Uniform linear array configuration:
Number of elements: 12
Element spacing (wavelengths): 0.25
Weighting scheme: binomial
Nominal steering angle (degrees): -15
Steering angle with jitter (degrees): -16.391
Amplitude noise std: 0.05
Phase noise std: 0.05

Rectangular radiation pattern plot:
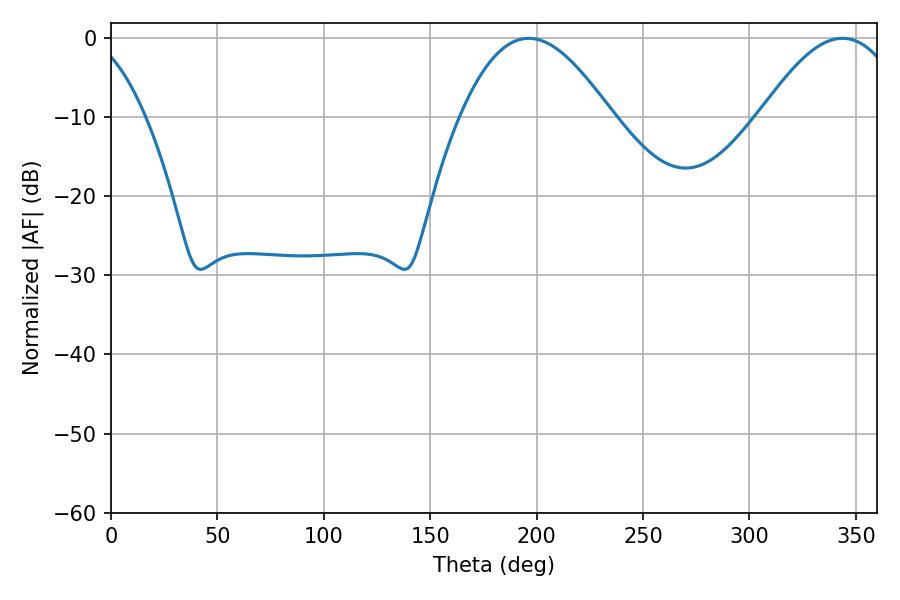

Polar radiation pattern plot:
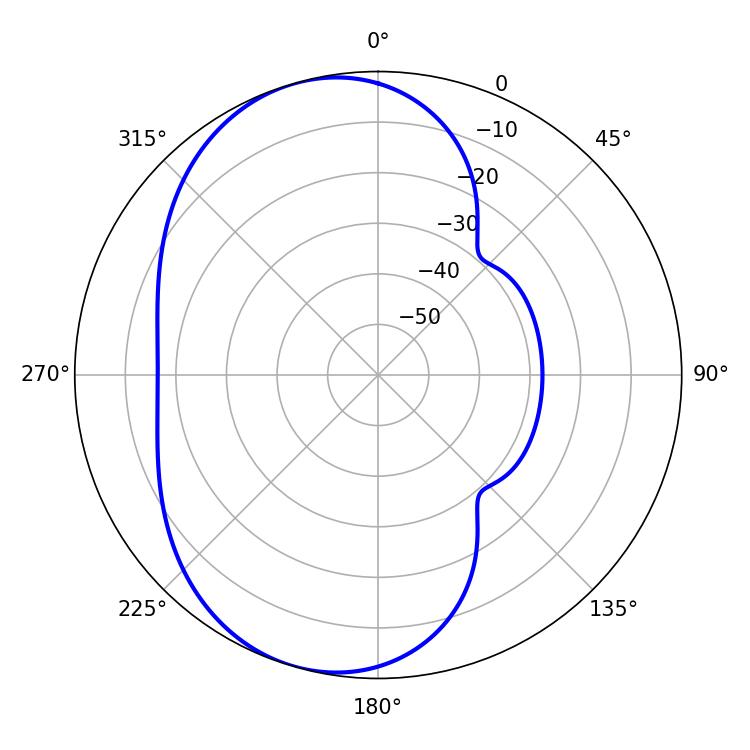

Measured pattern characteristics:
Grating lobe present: FALSE
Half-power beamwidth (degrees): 38.52
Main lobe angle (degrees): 196.2